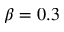
\beta = 0 . 3